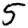
Digit: 5